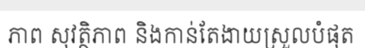
ភាព សុវត្ថិភាព និងកាន់តែងាយស្រួលបំផុត